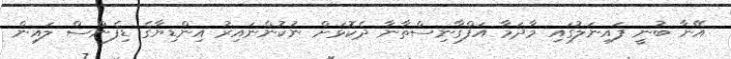
އޭނާ ބުނީ ފައިނަލުގައި މާދަމާ އަފްގާނިސްތާނާ ދެކޮޅަށް ނުކުންނައިރު އިންޑިޔާގެ ޑިފެންސް ލައިން